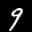
Label: 9